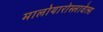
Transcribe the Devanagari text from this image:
मालोयारोस्लावेत्स